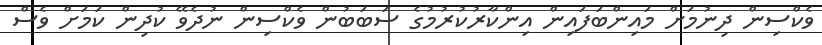
ވެކްސިން ދިނުމަށް މައިންބަފައިން އިންކާރުކުރުމުގެ ސަބަބުން ވެކްސިން ނުދެވޭ ކުދިން ކަމަށް ވެސް